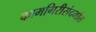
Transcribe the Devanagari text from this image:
कामगिरीसंदर्भात